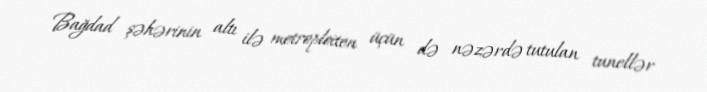
Bağdad şəhərinin altı ilə metroploiten üçün də nəzərdə tutulan tunellər